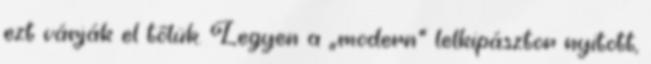
ezt várják el tőlük. Legyen a „modern” lelkipásztor nyitott,